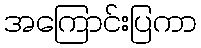
အကြောင်းပြကာ